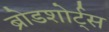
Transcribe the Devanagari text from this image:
ब्रोडशोर्ट्स